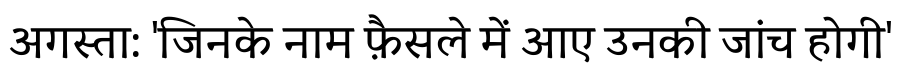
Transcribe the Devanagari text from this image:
अगस्ता: 'जिनके नाम फ़ैसले में आए उनकी जांच होगी'